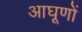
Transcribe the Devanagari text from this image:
आघूणों